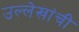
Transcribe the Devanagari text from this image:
उल्लेखांची